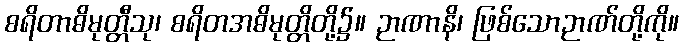
စရိတာဓိမုတ္တီသု၊ စရိတအဓိမုတ္တိတို့၌။ ဉာဏာနိ၊ ဖြစ်သောဉာဏ်တို့ကို။